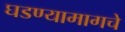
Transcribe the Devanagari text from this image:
घडण्यामागचे